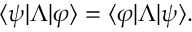
\langle \psi | \Lambda | \varphi \rangle = \langle \varphi | \Lambda | \psi \rangle .